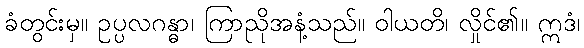
ခံတွင်းမှ။ ဥပ္ပလဂန္ဓာ၊ ကြာညိုအနံ့သည်။ ဝါယတိ၊ လှိုင်၏။ ဣဒံ၊